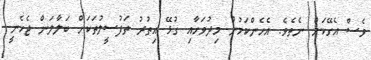
ވެސް އެގޭކަށް ނެތެވެ. އެހެންކަމުން މިދުވަހާއި ގުޅޭ އިތުރު ތަފުސީލުތަކަށް ބަލާލަން ޖެހެނީ